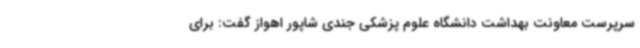
سرپرست معاونت بهداشت دانشگاه علوم پزشکی جندی شاپور اهواز گفت: برای